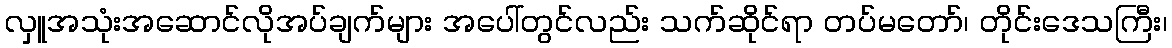
လှူအသုံးအဆောင်လိုအပ်ချက်များ အပေါ်တွင်လည်း သက်ဆိုင်ရာ တပ်မတော်၊ တိုင်းဒေသကြီး၊